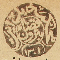
محكمة بدايت قضاء بترون ١٣٠١